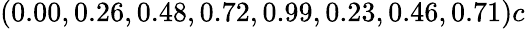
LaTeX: (0.00,0.26,0.48,0.72,0.99,0.23,0.46,0.71)c